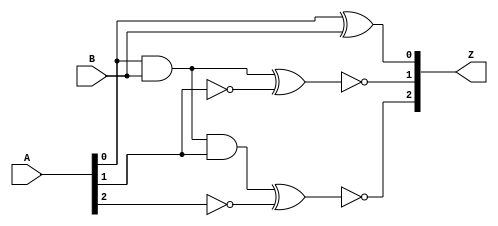

// Generated by Cadence Genus(TM) Synthesis Solution 17.22-s017_1
// Generated on: Nov 30 2023 13:10:32 IST (Nov 30 2023 07:40:32 UTC)

// Verification Directory fv/fifo 

module add_unsigned(A, B, Z);
  input [2:0] A;
  input B;
  output [2:0] Z;
  wire [2:0] A;
  wire B;
  wire [2:0] Z;
  wire n_9, n_15, n_18, n_20, n_24, n_25;
  xor g1 (Z[0], A[0], B);
  nand g2 (n_9, A[0], B);
  nand g11 (n_18, n_15, A[1]);
  xnor g17 (Z[1], n_15, n_24);
  xnor g19 (Z[2], n_20, n_25);
  not g23 (n_15, n_9);
  not g24 (n_24, A[1]);
  not g25 (n_25, A[2]);
  not g26 (n_20, n_18);
endmodule

module bmux(ctl, in_0, in_1, in_2, in_3, in_4, in_5, in_6, in_7, z);
  input [2:0] ctl;
  input [7:0] in_0, in_1, in_2, in_3, in_4, in_5, in_6, in_7;
  output [7:0] z;
  wire [2:0] ctl;
  wire [7:0] in_0, in_1, in_2, in_3, in_4, in_5, in_6, in_7;
  wire [7:0] z;
  CDN_bmux8 g1(.sel0 (ctl[0]), .data0 (in_0[7]), .data1 (in_1[7]),
       .sel1 (ctl[1]), .data2 (in_2[7]), .data3 (in_3[7]), .sel2
       (ctl[2]), .data4 (in_4[7]), .data5 (in_5[7]), .data6 (in_6[7]),
       .data7 (in_7[7]), .z (z[7]));
  CDN_bmux8 g2(.sel0 (ctl[0]), .data0 (in_0[6]), .data1 (in_1[6]),
       .sel1 (ctl[1]), .data2 (in_2[6]), .data3 (in_3[6]), .sel2
       (ctl[2]), .data4 (in_4[6]), .data5 (in_5[6]), .data6 (in_6[6]),
       .data7 (in_7[6]), .z (z[6]));
  CDN_bmux8 g3(.sel0 (ctl[0]), .data0 (in_0[5]), .data1 (in_1[5]),
       .sel1 (ctl[1]), .data2 (in_2[5]), .data3 (in_3[5]), .sel2
       (ctl[2]), .data4 (in_4[5]), .data5 (in_5[5]), .data6 (in_6[5]),
       .data7 (in_7[5]), .z (z[5]));
  CDN_bmux8 g4(.sel0 (ctl[0]), .data0 (in_0[4]), .data1 (in_1[4]),
       .sel1 (ctl[1]), .data2 (in_2[4]), .data3 (in_3[4]), .sel2
       (ctl[2]), .data4 (in_4[4]), .data5 (in_5[4]), .data6 (in_6[4]),
       .data7 (in_7[4]), .z (z[4]));
  CDN_bmux8 g5(.sel0 (ctl[0]), .data0 (in_0[3]), .data1 (in_1[3]),
       .sel1 (ctl[1]), .data2 (in_2[3]), .data3 (in_3[3]), .sel2
       (ctl[2]), .data4 (in_4[3]), .data5 (in_5[3]), .data6 (in_6[3]),
       .data7 (in_7[3]), .z (z[3]));
  CDN_bmux8 g6(.sel0 (ctl[0]), .data0 (in_0[2]), .data1 (in_1[2]),
       .sel1 (ctl[1]), .data2 (in_2[2]), .data3 (in_3[2]), .sel2
       (ctl[2]), .data4 (in_4[2]), .data5 (in_5[2]), .data6 (in_6[2]),
       .data7 (in_7[2]), .z (z[2]));
  CDN_bmux8 g7(.sel0 (ctl[0]), .data0 (in_0[1]), .data1 (in_1[1]),
       .sel1 (ctl[1]), .data2 (in_2[1]), .data3 (in_3[1]), .sel2
       (ctl[2]), .data4 (in_4[1]), .data5 (in_5[1]), .data6 (in_6[1]),
       .data7 (in_7[1]), .z (z[1]));
  CDN_bmux8 g8(.sel0 (ctl[0]), .data0 (in_0[0]), .data1 (in_1[0]),
       .sel1 (ctl[1]), .data2 (in_2[0]), .data3 (in_3[0]), .sel2
       (ctl[2]), .data4 (in_4[0]), .data5 (in_5[0]), .data6 (in_6[0]),
       .data7 (in_7[0]), .z (z[0]));
endmodule

module fifo(w_clk, r_clk, rst, w_en, r_en, data_in, full_flag,
     empty_flag, data_out);
  input w_clk, r_clk, rst, w_en, r_en;
  input [7:0] data_in;
  output full_flag, empty_flag;
  output [7:0] data_out;
  wire w_clk, r_clk, rst, w_en, r_en;
  wire [7:0] data_in;
  wire full_flag, empty_flag;
  wire [7:0] data_out;
  wire [2:0] w_ptr;
  wire [2:0] r_ptr;
  wire [7:0] \memo[0] ;
  wire [7:0] \memo[1] ;
  wire [7:0] \memo[2] ;
  wire [7:0] \memo[3] ;
  wire [7:0] \memo[4] ;
  wire [7:0] \memo[5] ;
  wire [7:0] \memo[6] ;
  wire [7:0] \memo[7] ;
  wire [7:0] \memo[r_ptr] ;
  wire n_19, n_20, n_32, n_34, n_36, n_38, n_40, n_42;
  wire n_44, n_46, n_48, n_49, n_50, n_51, n_54, n_56;
  wire n_57, n_58, n_63, n_64, n_65, n_300, n_301, n_302;
  wire n_304, n_305, n_306;
  add_unsigned add_36_27(.A (w_ptr), .B (1'b1), .Z ({n_51, n_50,
       n_49}));
  add_unsigned add_32_21(.A (r_ptr), .B (1'b1), .Z ({n_58, n_57,
       n_56}));
  bmux \mux_memo[r_ptr]_31_13 (.ctl (r_ptr), .in_0 ({\memo[0] [7],
       \memo[0] [6], \memo[0] [5], \memo[0] [4], \memo[0] [3],
       \memo[0] [2], \memo[0] [1], \memo[0] [0]}), .in_1 ({\memo[1]
       [7], \memo[1] [6], \memo[1] [5], \memo[1] [4], \memo[1] [3],
       \memo[1] [2], \memo[1] [1], \memo[1] [0]}), .in_2 ({\memo[2]
       [7], \memo[2] [6], \memo[2] [5], \memo[2] [4], \memo[2] [3],
       \memo[2] [2], \memo[2] [1], \memo[2] [0]}), .in_3 ({\memo[3]
       [7], \memo[3] [6], \memo[3] [5], \memo[3] [4], \memo[3] [3],
       \memo[3] [2], \memo[3] [1], \memo[3] [0]}), .in_4 ({\memo[4]
       [7], \memo[4] [6], \memo[4] [5], \memo[4] [4], \memo[4] [3],
       \memo[4] [2], \memo[4] [1], \memo[4] [0]}), .in_5 ({\memo[5]
       [7], \memo[5] [6], \memo[5] [5], \memo[5] [4], \memo[5] [3],
       \memo[5] [2], \memo[5] [1], \memo[5] [0]}), .in_6 ({\memo[6]
       [7], \memo[6] [6], \memo[6] [5], \memo[6] [4], \memo[6] [3],
       \memo[6] [2], \memo[6] [1], \memo[6] [0]}), .in_7 ({\memo[7]
       [7], \memo[7] [6], \memo[7] [5], \memo[7] [4], \memo[7] [3],
       \memo[7] [2], \memo[7] [1], \memo[7] [0]}), .z ({\memo[r_ptr]
       [7], \memo[r_ptr] [6], \memo[r_ptr] [5], \memo[r_ptr] [4],
       \memo[r_ptr] [3], \memo[r_ptr] [2], \memo[r_ptr] [1],
       \memo[r_ptr] [0]}));
  and g5 (n_19, w_en, n_32);
  and g16 (n_20, r_en, n_54);
  not g49 (n_63, w_ptr[2]);
  not g50 (n_64, w_ptr[1]);
  not g51 (n_65, w_ptr[0]);
  CDN_flop \data_out_reg[0] (.clk (w_clk), .d (1'b0), .sena (1'b0),
       .aclr (1'b0), .apre (1'b0), .srl (rst), .srd (1'b0), .q
       (data_out[0]));
  CDN_flop \data_out_reg[1] (.clk (w_clk), .d (1'b0), .sena (1'b0),
       .aclr (1'b0), .apre (1'b0), .srl (rst), .srd (1'b0), .q
       (data_out[1]));
  CDN_flop \data_out_reg[2] (.clk (w_clk), .d (1'b0), .sena (1'b0),
       .aclr (1'b0), .apre (1'b0), .srl (rst), .srd (1'b0), .q
       (data_out[2]));
  CDN_flop \data_out_reg[3] (.clk (w_clk), .d (1'b0), .sena (1'b0),
       .aclr (1'b0), .apre (1'b0), .srl (rst), .srd (1'b0), .q
       (data_out[3]));
  CDN_flop \data_out_reg[4] (.clk (w_clk), .d (1'b0), .sena (1'b0),
       .aclr (1'b0), .apre (1'b0), .srl (rst), .srd (1'b0), .q
       (data_out[4]));
  CDN_flop \data_out_reg[5] (.clk (w_clk), .d (1'b0), .sena (1'b0),
       .aclr (1'b0), .apre (1'b0), .srl (rst), .srd (1'b0), .q
       (data_out[5]));
  CDN_flop \data_out_reg[6] (.clk (w_clk), .d (1'b0), .sena (1'b0),
       .aclr (1'b0), .apre (1'b0), .srl (rst), .srd (1'b0), .q
       (data_out[6]));
  CDN_flop \data_out_reg[7] (.clk (w_clk), .d (1'b0), .sena (1'b0),
       .aclr (1'b0), .apre (1'b0), .srl (rst), .srd (1'b0), .q
       (data_out[7]));
  CDN_flop \w_ptr_reg[0] (.clk (w_clk), .d (1'b0), .sena (1'b0), .aclr
       (1'b0), .apre (1'b0), .srl (rst), .srd (1'b0), .q (w_ptr[0]));
  CDN_flop \w_ptr_reg[1] (.clk (w_clk), .d (1'b0), .sena (1'b0), .aclr
       (1'b0), .apre (1'b0), .srl (rst), .srd (1'b0), .q (w_ptr[1]));
  CDN_flop \w_ptr_reg[2] (.clk (w_clk), .d (1'b0), .sena (1'b0), .aclr
       (1'b0), .apre (1'b0), .srl (rst), .srd (1'b0), .q (w_ptr[2]));
  CDN_flop \r_ptr_reg[0] (.clk (w_clk), .d (1'b0), .sena (1'b0), .aclr
       (1'b0), .apre (1'b0), .srl (rst), .srd (1'b0), .q (r_ptr[0]));
  CDN_flop \r_ptr_reg[1] (.clk (w_clk), .d (1'b0), .sena (1'b0), .aclr
       (1'b0), .apre (1'b0), .srl (rst), .srd (1'b0), .q (r_ptr[1]));
  CDN_flop \r_ptr_reg[2] (.clk (w_clk), .d (1'b0), .sena (1'b0), .aclr
       (1'b0), .apre (1'b0), .srl (rst), .srd (1'b0), .q (r_ptr[2]));
  CDN_flop \memo_reg[0][0] (.clk (w_clk), .d (data_in[0]), .sena
       (n_34), .aclr (1'b0), .apre (1'b0), .srl (1'b0), .srd (1'b0), .q
       (\memo[0] [0]));
  CDN_flop \memo_reg[0][1] (.clk (w_clk), .d (data_in[1]), .sena
       (n_34), .aclr (1'b0), .apre (1'b0), .srl (1'b0), .srd (1'b0), .q
       (\memo[0] [1]));
  CDN_flop \memo_reg[0][2] (.clk (w_clk), .d (data_in[2]), .sena
       (n_34), .aclr (1'b0), .apre (1'b0), .srl (1'b0), .srd (1'b0), .q
       (\memo[0] [2]));
  CDN_flop \memo_reg[0][3] (.clk (w_clk), .d (data_in[3]), .sena
       (n_34), .aclr (1'b0), .apre (1'b0), .srl (1'b0), .srd (1'b0), .q
       (\memo[0] [3]));
  CDN_flop \memo_reg[0][4] (.clk (w_clk), .d (data_in[4]), .sena
       (n_34), .aclr (1'b0), .apre (1'b0), .srl (1'b0), .srd (1'b0), .q
       (\memo[0] [4]));
  CDN_flop \memo_reg[0][5] (.clk (w_clk), .d (data_in[5]), .sena
       (n_34), .aclr (1'b0), .apre (1'b0), .srl (1'b0), .srd (1'b0), .q
       (\memo[0] [5]));
  CDN_flop \memo_reg[0][6] (.clk (w_clk), .d (data_in[6]), .sena
       (n_34), .aclr (1'b0), .apre (1'b0), .srl (1'b0), .srd (1'b0), .q
       (\memo[0] [6]));
  CDN_flop \memo_reg[0][7] (.clk (w_clk), .d (data_in[7]), .sena
       (n_34), .aclr (1'b0), .apre (1'b0), .srl (1'b0), .srd (1'b0), .q
       (\memo[0] [7]));
  CDN_flop \memo_reg[1][0] (.clk (w_clk), .d (data_in[0]), .sena
       (n_36), .aclr (1'b0), .apre (1'b0), .srl (1'b0), .srd (1'b0), .q
       (\memo[1] [0]));
  CDN_flop \memo_reg[1][1] (.clk (w_clk), .d (data_in[1]), .sena
       (n_36), .aclr (1'b0), .apre (1'b0), .srl (1'b0), .srd (1'b0), .q
       (\memo[1] [1]));
  CDN_flop \memo_reg[1][2] (.clk (w_clk), .d (data_in[2]), .sena
       (n_36), .aclr (1'b0), .apre (1'b0), .srl (1'b0), .srd (1'b0), .q
       (\memo[1] [2]));
  CDN_flop \memo_reg[1][3] (.clk (w_clk), .d (data_in[3]), .sena
       (n_36), .aclr (1'b0), .apre (1'b0), .srl (1'b0), .srd (1'b0), .q
       (\memo[1] [3]));
  CDN_flop \memo_reg[1][4] (.clk (w_clk), .d (data_in[4]), .sena
       (n_36), .aclr (1'b0), .apre (1'b0), .srl (1'b0), .srd (1'b0), .q
       (\memo[1] [4]));
  CDN_flop \memo_reg[1][5] (.clk (w_clk), .d (data_in[5]), .sena
       (n_36), .aclr (1'b0), .apre (1'b0), .srl (1'b0), .srd (1'b0), .q
       (\memo[1] [5]));
  CDN_flop \memo_reg[1][6] (.clk (w_clk), .d (data_in[6]), .sena
       (n_36), .aclr (1'b0), .apre (1'b0), .srl (1'b0), .srd (1'b0), .q
       (\memo[1] [6]));
  CDN_flop \memo_reg[1][7] (.clk (w_clk), .d (data_in[7]), .sena
       (n_36), .aclr (1'b0), .apre (1'b0), .srl (1'b0), .srd (1'b0), .q
       (\memo[1] [7]));
  CDN_flop \memo_reg[2][0] (.clk (w_clk), .d (data_in[0]), .sena
       (n_38), .aclr (1'b0), .apre (1'b0), .srl (1'b0), .srd (1'b0), .q
       (\memo[2] [0]));
  CDN_flop \memo_reg[2][1] (.clk (w_clk), .d (data_in[1]), .sena
       (n_38), .aclr (1'b0), .apre (1'b0), .srl (1'b0), .srd (1'b0), .q
       (\memo[2] [1]));
  CDN_flop \memo_reg[2][2] (.clk (w_clk), .d (data_in[2]), .sena
       (n_38), .aclr (1'b0), .apre (1'b0), .srl (1'b0), .srd (1'b0), .q
       (\memo[2] [2]));
  CDN_flop \memo_reg[2][3] (.clk (w_clk), .d (data_in[3]), .sena
       (n_38), .aclr (1'b0), .apre (1'b0), .srl (1'b0), .srd (1'b0), .q
       (\memo[2] [3]));
  CDN_flop \memo_reg[2][4] (.clk (w_clk), .d (data_in[4]), .sena
       (n_38), .aclr (1'b0), .apre (1'b0), .srl (1'b0), .srd (1'b0), .q
       (\memo[2] [4]));
  CDN_flop \memo_reg[2][5] (.clk (w_clk), .d (data_in[5]), .sena
       (n_38), .aclr (1'b0), .apre (1'b0), .srl (1'b0), .srd (1'b0), .q
       (\memo[2] [5]));
  CDN_flop \memo_reg[2][6] (.clk (w_clk), .d (data_in[6]), .sena
       (n_38), .aclr (1'b0), .apre (1'b0), .srl (1'b0), .srd (1'b0), .q
       (\memo[2] [6]));
  CDN_flop \memo_reg[2][7] (.clk (w_clk), .d (data_in[7]), .sena
       (n_38), .aclr (1'b0), .apre (1'b0), .srl (1'b0), .srd (1'b0), .q
       (\memo[2] [7]));
  CDN_flop \memo_reg[3][0] (.clk (w_clk), .d (data_in[0]), .sena
       (n_40), .aclr (1'b0), .apre (1'b0), .srl (1'b0), .srd (1'b0), .q
       (\memo[3] [0]));
  CDN_flop \memo_reg[3][1] (.clk (w_clk), .d (data_in[1]), .sena
       (n_40), .aclr (1'b0), .apre (1'b0), .srl (1'b0), .srd (1'b0), .q
       (\memo[3] [1]));
  CDN_flop \memo_reg[3][2] (.clk (w_clk), .d (data_in[2]), .sena
       (n_40), .aclr (1'b0), .apre (1'b0), .srl (1'b0), .srd (1'b0), .q
       (\memo[3] [2]));
  CDN_flop \memo_reg[3][3] (.clk (w_clk), .d (data_in[3]), .sena
       (n_40), .aclr (1'b0), .apre (1'b0), .srl (1'b0), .srd (1'b0), .q
       (\memo[3] [3]));
  CDN_flop \memo_reg[3][4] (.clk (w_clk), .d (data_in[4]), .sena
       (n_40), .aclr (1'b0), .apre (1'b0), .srl (1'b0), .srd (1'b0), .q
       (\memo[3] [4]));
  CDN_flop \memo_reg[3][5] (.clk (w_clk), .d (data_in[5]), .sena
       (n_40), .aclr (1'b0), .apre (1'b0), .srl (1'b0), .srd (1'b0), .q
       (\memo[3] [5]));
  CDN_flop \memo_reg[3][6] (.clk (w_clk), .d (data_in[6]), .sena
       (n_40), .aclr (1'b0), .apre (1'b0), .srl (1'b0), .srd (1'b0), .q
       (\memo[3] [6]));
  CDN_flop \memo_reg[3][7] (.clk (w_clk), .d (data_in[7]), .sena
       (n_40), .aclr (1'b0), .apre (1'b0), .srl (1'b0), .srd (1'b0), .q
       (\memo[3] [7]));
  CDN_flop \memo_reg[4][0] (.clk (w_clk), .d (data_in[0]), .sena
       (n_42), .aclr (1'b0), .apre (1'b0), .srl (1'b0), .srd (1'b0), .q
       (\memo[4] [0]));
  CDN_flop \memo_reg[4][1] (.clk (w_clk), .d (data_in[1]), .sena
       (n_42), .aclr (1'b0), .apre (1'b0), .srl (1'b0), .srd (1'b0), .q
       (\memo[4] [1]));
  CDN_flop \memo_reg[4][2] (.clk (w_clk), .d (data_in[2]), .sena
       (n_42), .aclr (1'b0), .apre (1'b0), .srl (1'b0), .srd (1'b0), .q
       (\memo[4] [2]));
  CDN_flop \memo_reg[4][3] (.clk (w_clk), .d (data_in[3]), .sena
       (n_42), .aclr (1'b0), .apre (1'b0), .srl (1'b0), .srd (1'b0), .q
       (\memo[4] [3]));
  CDN_flop \memo_reg[4][4] (.clk (w_clk), .d (data_in[4]), .sena
       (n_42), .aclr (1'b0), .apre (1'b0), .srl (1'b0), .srd (1'b0), .q
       (\memo[4] [4]));
  CDN_flop \memo_reg[4][5] (.clk (w_clk), .d (data_in[5]), .sena
       (n_42), .aclr (1'b0), .apre (1'b0), .srl (1'b0), .srd (1'b0), .q
       (\memo[4] [5]));
  CDN_flop \memo_reg[4][6] (.clk (w_clk), .d (data_in[6]), .sena
       (n_42), .aclr (1'b0), .apre (1'b0), .srl (1'b0), .srd (1'b0), .q
       (\memo[4] [6]));
  CDN_flop \memo_reg[4][7] (.clk (w_clk), .d (data_in[7]), .sena
       (n_42), .aclr (1'b0), .apre (1'b0), .srl (1'b0), .srd (1'b0), .q
       (\memo[4] [7]));
  CDN_flop \memo_reg[5][0] (.clk (w_clk), .d (data_in[0]), .sena
       (n_44), .aclr (1'b0), .apre (1'b0), .srl (1'b0), .srd (1'b0), .q
       (\memo[5] [0]));
  CDN_flop \memo_reg[5][1] (.clk (w_clk), .d (data_in[1]), .sena
       (n_44), .aclr (1'b0), .apre (1'b0), .srl (1'b0), .srd (1'b0), .q
       (\memo[5] [1]));
  CDN_flop \memo_reg[5][2] (.clk (w_clk), .d (data_in[2]), .sena
       (n_44), .aclr (1'b0), .apre (1'b0), .srl (1'b0), .srd (1'b0), .q
       (\memo[5] [2]));
  CDN_flop \memo_reg[5][3] (.clk (w_clk), .d (data_in[3]), .sena
       (n_44), .aclr (1'b0), .apre (1'b0), .srl (1'b0), .srd (1'b0), .q
       (\memo[5] [3]));
  CDN_flop \memo_reg[5][4] (.clk (w_clk), .d (data_in[4]), .sena
       (n_44), .aclr (1'b0), .apre (1'b0), .srl (1'b0), .srd (1'b0), .q
       (\memo[5] [4]));
  CDN_flop \memo_reg[5][5] (.clk (w_clk), .d (data_in[5]), .sena
       (n_44), .aclr (1'b0), .apre (1'b0), .srl (1'b0), .srd (1'b0), .q
       (\memo[5] [5]));
  CDN_flop \memo_reg[5][6] (.clk (w_clk), .d (data_in[6]), .sena
       (n_44), .aclr (1'b0), .apre (1'b0), .srl (1'b0), .srd (1'b0), .q
       (\memo[5] [6]));
  CDN_flop \memo_reg[5][7] (.clk (w_clk), .d (data_in[7]), .sena
       (n_44), .aclr (1'b0), .apre (1'b0), .srl (1'b0), .srd (1'b0), .q
       (\memo[5] [7]));
  CDN_flop \memo_reg[6][0] (.clk (w_clk), .d (data_in[0]), .sena
       (n_46), .aclr (1'b0), .apre (1'b0), .srl (1'b0), .srd (1'b0), .q
       (\memo[6] [0]));
  CDN_flop \memo_reg[6][1] (.clk (w_clk), .d (data_in[1]), .sena
       (n_46), .aclr (1'b0), .apre (1'b0), .srl (1'b0), .srd (1'b0), .q
       (\memo[6] [1]));
  CDN_flop \memo_reg[6][2] (.clk (w_clk), .d (data_in[2]), .sena
       (n_46), .aclr (1'b0), .apre (1'b0), .srl (1'b0), .srd (1'b0), .q
       (\memo[6] [2]));
  CDN_flop \memo_reg[6][3] (.clk (w_clk), .d (data_in[3]), .sena
       (n_46), .aclr (1'b0), .apre (1'b0), .srl (1'b0), .srd (1'b0), .q
       (\memo[6] [3]));
  CDN_flop \memo_reg[6][4] (.clk (w_clk), .d (data_in[4]), .sena
       (n_46), .aclr (1'b0), .apre (1'b0), .srl (1'b0), .srd (1'b0), .q
       (\memo[6] [4]));
  CDN_flop \memo_reg[6][5] (.clk (w_clk), .d (data_in[5]), .sena
       (n_46), .aclr (1'b0), .apre (1'b0), .srl (1'b0), .srd (1'b0), .q
       (\memo[6] [5]));
  CDN_flop \memo_reg[6][6] (.clk (w_clk), .d (data_in[6]), .sena
       (n_46), .aclr (1'b0), .apre (1'b0), .srl (1'b0), .srd (1'b0), .q
       (\memo[6] [6]));
  CDN_flop \memo_reg[6][7] (.clk (w_clk), .d (data_in[7]), .sena
       (n_46), .aclr (1'b0), .apre (1'b0), .srl (1'b0), .srd (1'b0), .q
       (\memo[6] [7]));
  CDN_flop \memo_reg[7][0] (.clk (w_clk), .d (data_in[0]), .sena
       (n_48), .aclr (1'b0), .apre (1'b0), .srl (1'b0), .srd (1'b0), .q
       (\memo[7] [0]));
  CDN_flop \memo_reg[7][1] (.clk (w_clk), .d (data_in[1]), .sena
       (n_48), .aclr (1'b0), .apre (1'b0), .srl (1'b0), .srd (1'b0), .q
       (\memo[7] [1]));
  CDN_flop \memo_reg[7][2] (.clk (w_clk), .d (data_in[2]), .sena
       (n_48), .aclr (1'b0), .apre (1'b0), .srl (1'b0), .srd (1'b0), .q
       (\memo[7] [2]));
  CDN_flop \memo_reg[7][3] (.clk (w_clk), .d (data_in[3]), .sena
       (n_48), .aclr (1'b0), .apre (1'b0), .srl (1'b0), .srd (1'b0), .q
       (\memo[7] [3]));
  CDN_flop \memo_reg[7][4] (.clk (w_clk), .d (data_in[4]), .sena
       (n_48), .aclr (1'b0), .apre (1'b0), .srl (1'b0), .srd (1'b0), .q
       (\memo[7] [4]));
  CDN_flop \memo_reg[7][5] (.clk (w_clk), .d (data_in[5]), .sena
       (n_48), .aclr (1'b0), .apre (1'b0), .srl (1'b0), .srd (1'b0), .q
       (\memo[7] [5]));
  CDN_flop \memo_reg[7][6] (.clk (w_clk), .d (data_in[6]), .sena
       (n_48), .aclr (1'b0), .apre (1'b0), .srl (1'b0), .srd (1'b0), .q
       (\memo[7] [6]));
  CDN_flop \memo_reg[7][7] (.clk (w_clk), .d (data_in[7]), .sena
       (n_48), .aclr (1'b0), .apre (1'b0), .srl (1'b0), .srd (1'b0), .q
       (\memo[7] [7]));
  CDN_flop \w_ptr_reg[0]138 (.clk (w_clk), .d (n_49), .sena (n_19),
       .aclr (1'b0), .apre (1'b0), .srl (1'b0), .srd (1'b0), .q
       (w_ptr[0]));
  CDN_flop \w_ptr_reg[1]139 (.clk (w_clk), .d (n_50), .sena (n_19),
       .aclr (1'b0), .apre (1'b0), .srl (1'b0), .srd (1'b0), .q
       (w_ptr[1]));
  CDN_flop \w_ptr_reg[2]140 (.clk (w_clk), .d (n_51), .sena (n_19),
       .aclr (1'b0), .apre (1'b0), .srl (1'b0), .srd (1'b0), .q
       (w_ptr[2]));
  CDN_flop \data_out_reg[0]145 (.clk (r_clk), .d (\memo[r_ptr] [0]),
       .sena (n_20), .aclr (1'b0), .apre (1'b0), .srl (1'b0), .srd
       (1'b0), .q (data_out[0]));
  CDN_flop \data_out_reg[1]146 (.clk (r_clk), .d (\memo[r_ptr] [1]),
       .sena (n_20), .aclr (1'b0), .apre (1'b0), .srl (1'b0), .srd
       (1'b0), .q (data_out[1]));
  CDN_flop \data_out_reg[2]147 (.clk (r_clk), .d (\memo[r_ptr] [2]),
       .sena (n_20), .aclr (1'b0), .apre (1'b0), .srl (1'b0), .srd
       (1'b0), .q (data_out[2]));
  CDN_flop \data_out_reg[3]148 (.clk (r_clk), .d (\memo[r_ptr] [3]),
       .sena (n_20), .aclr (1'b0), .apre (1'b0), .srl (1'b0), .srd
       (1'b0), .q (data_out[3]));
  CDN_flop \data_out_reg[4]149 (.clk (r_clk), .d (\memo[r_ptr] [4]),
       .sena (n_20), .aclr (1'b0), .apre (1'b0), .srl (1'b0), .srd
       (1'b0), .q (data_out[4]));
  CDN_flop \data_out_reg[5]150 (.clk (r_clk), .d (\memo[r_ptr] [5]),
       .sena (n_20), .aclr (1'b0), .apre (1'b0), .srl (1'b0), .srd
       (1'b0), .q (data_out[5]));
  CDN_flop \data_out_reg[6]151 (.clk (r_clk), .d (\memo[r_ptr] [6]),
       .sena (n_20), .aclr (1'b0), .apre (1'b0), .srl (1'b0), .srd
       (1'b0), .q (data_out[6]));
  CDN_flop \data_out_reg[7]152 (.clk (r_clk), .d (\memo[r_ptr] [7]),
       .sena (n_20), .aclr (1'b0), .apre (1'b0), .srl (1'b0), .srd
       (1'b0), .q (data_out[7]));
  CDN_flop \r_ptr_reg[0]161 (.clk (r_clk), .d (n_56), .sena (n_20),
       .aclr (1'b0), .apre (1'b0), .srl (1'b0), .srd (1'b0), .q
       (r_ptr[0]));
  CDN_flop \r_ptr_reg[1]162 (.clk (r_clk), .d (n_57), .sena (n_20),
       .aclr (1'b0), .apre (1'b0), .srl (1'b0), .srd (1'b0), .q
       (r_ptr[1]));
  CDN_flop \r_ptr_reg[2]163 (.clk (r_clk), .d (n_58), .sena (n_20),
       .aclr (1'b0), .apre (1'b0), .srl (1'b0), .srd (1'b0), .q
       (r_ptr[2]));
  xnor g168 (n_300, n_49, r_ptr[0]);
  xnor g169 (n_301, n_50, r_ptr[1]);
  xnor g170 (n_302, n_51, r_ptr[2]);
  nand g171 (n_32, n_300, n_301, n_302);
  not g172 (full_flag, n_32);
  xnor g173 (n_304, w_ptr[0], r_ptr[0]);
  xnor g174 (n_305, w_ptr[1], r_ptr[1]);
  xnor g175 (n_306, w_ptr[2], r_ptr[2]);
  nand g176 (n_54, n_304, n_305, n_306);
  not g177 (empty_flag, n_54);
  and g178 (n_34, n_63, n_64, n_65, n_19);
  and g179 (n_36, n_63, n_64, w_ptr[0], n_19);
  and g180 (n_38, n_63, w_ptr[1], n_65, n_19);
  and g181 (n_40, n_63, w_ptr[1], w_ptr[0], n_19);
  and g182 (n_42, w_ptr[2], n_64, n_65, n_19);
  and g183 (n_44, w_ptr[2], n_64, w_ptr[0], n_19);
  and g184 (n_46, w_ptr[2], w_ptr[1], n_65, n_19);
  and g185 (n_48, w_ptr[2], w_ptr[1], w_ptr[0], n_19);
endmodule

`ifdef RC_CDN_GENERIC_GATE
`else
module CDN_flop(clk, d, sena, aclr, apre, srl, srd, q);
  input clk, d, sena, aclr, apre, srl, srd;
  output q;
  wire clk, d, sena, aclr, apre, srl, srd;
  wire q;
  reg  qi;
  assign #1 q = qi;
  always 
    @(posedge clk or posedge apre or posedge aclr) 
      if (aclr) 
        qi <= 0;
      else if (apre) 
          qi <= 1;
        else if (srl) 
            qi <= srd;
          else begin
            if (sena) 
              qi <= d;
          end
  initial 
    qi <= 1'b0;
endmodule
`endif
`ifdef RC_CDN_GENERIC_GATE
`else
`ifdef ONE_HOT_MUX
module CDN_bmux8(sel0, data0, data1, sel1, data2, data3, sel2, data4,
     data5, data6, data7, z);
  input sel0, data0, data1, sel1, data2, data3, sel2, data4, data5,
       data6, data7;
  output z;
  wire sel0, data0, data1, sel1, data2, data3, sel2, data4, data5,
       data6, data7;
  reg  z;
  always 
    @(sel0 or sel1 or sel2 or data0 or data1 or data2 or data3 or data4
         or data5 or data6 or data7) 
      case ({sel0, sel1, sel2})
       3'b000: z = data0;
       3'b100: z = data1;
       3'b010: z = data2;
       3'b110: z = data3;
       3'b001: z = data4;
       3'b101: z = data5;
       3'b011: z = data6;
       3'b111: z = data7;
      endcase
endmodule
`else
module CDN_bmux8(sel0, data0, data1, sel1, data2, data3, sel2, data4,
     data5, data6, data7, z);
  input sel0, data0, data1, sel1, data2, data3, sel2, data4, data5,
       data6, data7;
  output z;
  wire sel0, data0, data1, sel1, data2, data3, sel2, data4, data5,
       data6, data7;
  wire z;
  wire inv_sel0, inv_sel1, inv_sel2, w_0, w_1, w_2, w_3, w_4;
  wire w_5, w_6, w_7;
  not i_0 (inv_sel0, sel0);
  not i_1 (inv_sel1, sel1);
  not i_2 (inv_sel2, sel2);
  and a_0 (w_0, inv_sel2, inv_sel1, inv_sel0, data0);
  and a_1 (w_1, inv_sel2, inv_sel1, sel0, data1);
  and a_2 (w_2, inv_sel2, sel1, inv_sel0, data2);
  and a_3 (w_3, inv_sel2, sel1, sel0, data3);
  and a_4 (w_4, sel2, inv_sel1, inv_sel0, data4);
  and a_5 (w_5, sel2, inv_sel1, sel0, data5);
  and a_6 (w_6, sel2, sel1, inv_sel0, data6);
  and a_7 (w_7, sel2, sel1, sel0, data7);
  or org (z, w_0, w_1, w_2, w_3, w_4, w_5, w_6, w_7);
endmodule
`endif // ONE_HOT_MUX
`endif